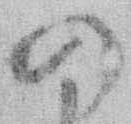
の